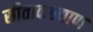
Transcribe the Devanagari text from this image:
सीताकल्याण